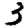
Digit: 3